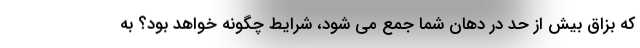
که بزاق بیش از حد در دهان شما جمع می شود، شرایط چگونه خواهد بود؟ به